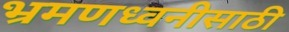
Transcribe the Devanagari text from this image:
भ्रमणध्वनीसाठी